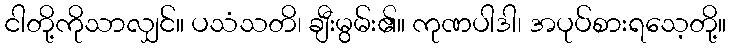
ငါတို့ကိုသာလျှင်။ ပသံသတိ၊ ချီးမွမ်း၏။ ကုဏပါဒါ၊ အပုပ်စားရသေ့တို့။